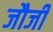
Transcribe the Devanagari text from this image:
जौजी